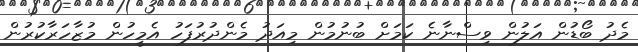
މެދު ބޯޑުން އަލުން ވިސްނާނެ ކަމަށް ބުނުމުން މިއަދު މެންދުރުފަހު އެމީހުން މުޒާހަރާކުރުން